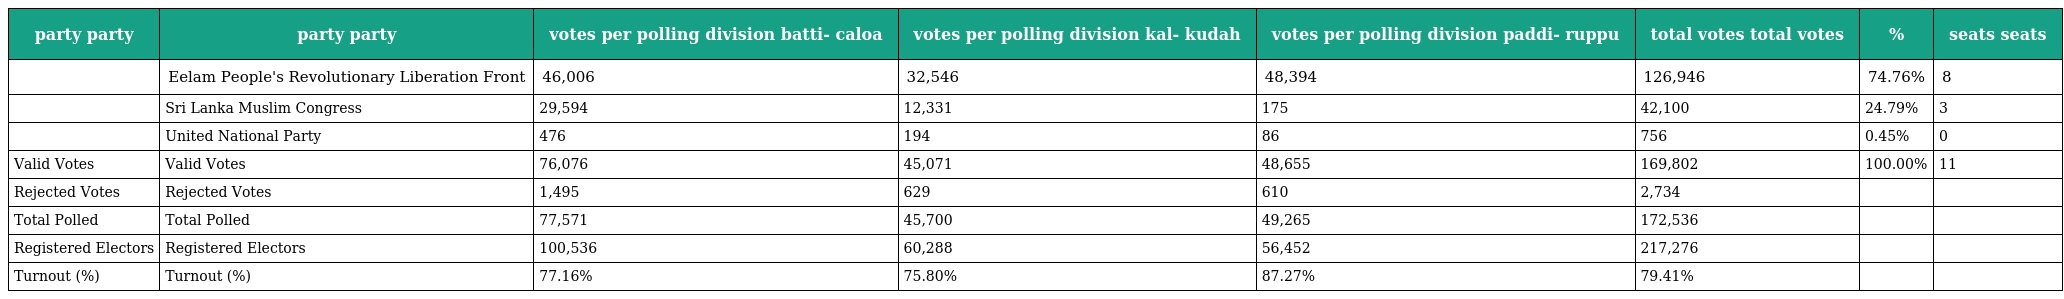
| party party | party party | votes per polling division batti- caloa | votes per polling division kal- kudah | votes per polling division paddi- ruppu | total votes total votes | % | seats seats |
 | --- | --- | --- | --- | --- | --- | --- | --- |
 |  | Eelam People's Revolutionary Liberation Front | 46,006 | 32,546 | 48,394 | 126,946 | 74.76% | 8 |
 |  | Sri Lanka Muslim Congress | 29,594 | 12,331 | 175 | 42,100 | 24.79% | 3 |
 |  | United National Party | 476 | 194 | 86 | 756 | 0.45% | 0 |
 | Valid Votes | Valid Votes | 76,076 | 45,071 | 48,655 | 169,802 | 100.00% | 11 |
 | Rejected Votes | Rejected Votes | 1,495 | 629 | 610 | 2,734 |  |  |
 | Total Polled | Total Polled | 77,571 | 45,700 | 49,265 | 172,536 |  |  |
 | Registered Electors | Registered Electors | 100,536 | 60,288 | 56,452 | 217,276 |  |  |
 | Turnout (%) | Turnout (%) | 77.16% | 75.80% | 87.27% | 79.41% |  |  |